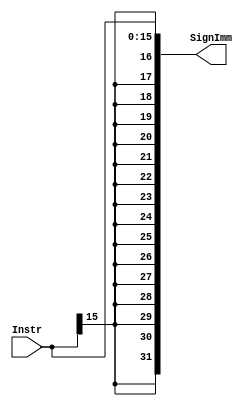
`timescale 1ns / 1ps
//////////////////////////////////////////////////////////////////////////////////
// Company: 
// Engineer: 
// 
// Design Name: 
// Module Name: Sign_extend
// Project Name: 
// Target Devices: 
// Tool Versions: 
// Description: 
// 
// Dependencies: 
// 
// Revision:
// Revision 0.01 - File Created
// Additional Comments:
// 
//////////////////////////////////////////////////////////////////////////////////


module Sign_extend(
    input [15:0] Instr,
    output [31:0] SignImm
    );
    
    assign SignImm={{16{Instr[15]}},Instr};
endmodule